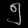
Digit: ၅